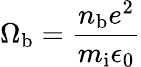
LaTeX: \Omega_{\mathrm{b}}=\frac{n_{\mathrm{b}}e^{2}}{m_{\mathrm{i}}\epsilon_{0}}